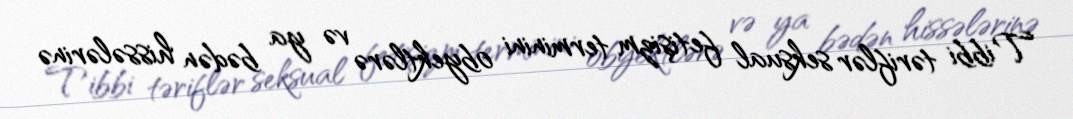
Tibbi təriflər seksual fetişizm terminini obyektlərə və ya bədən hissələrinə